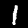
Digit: 1